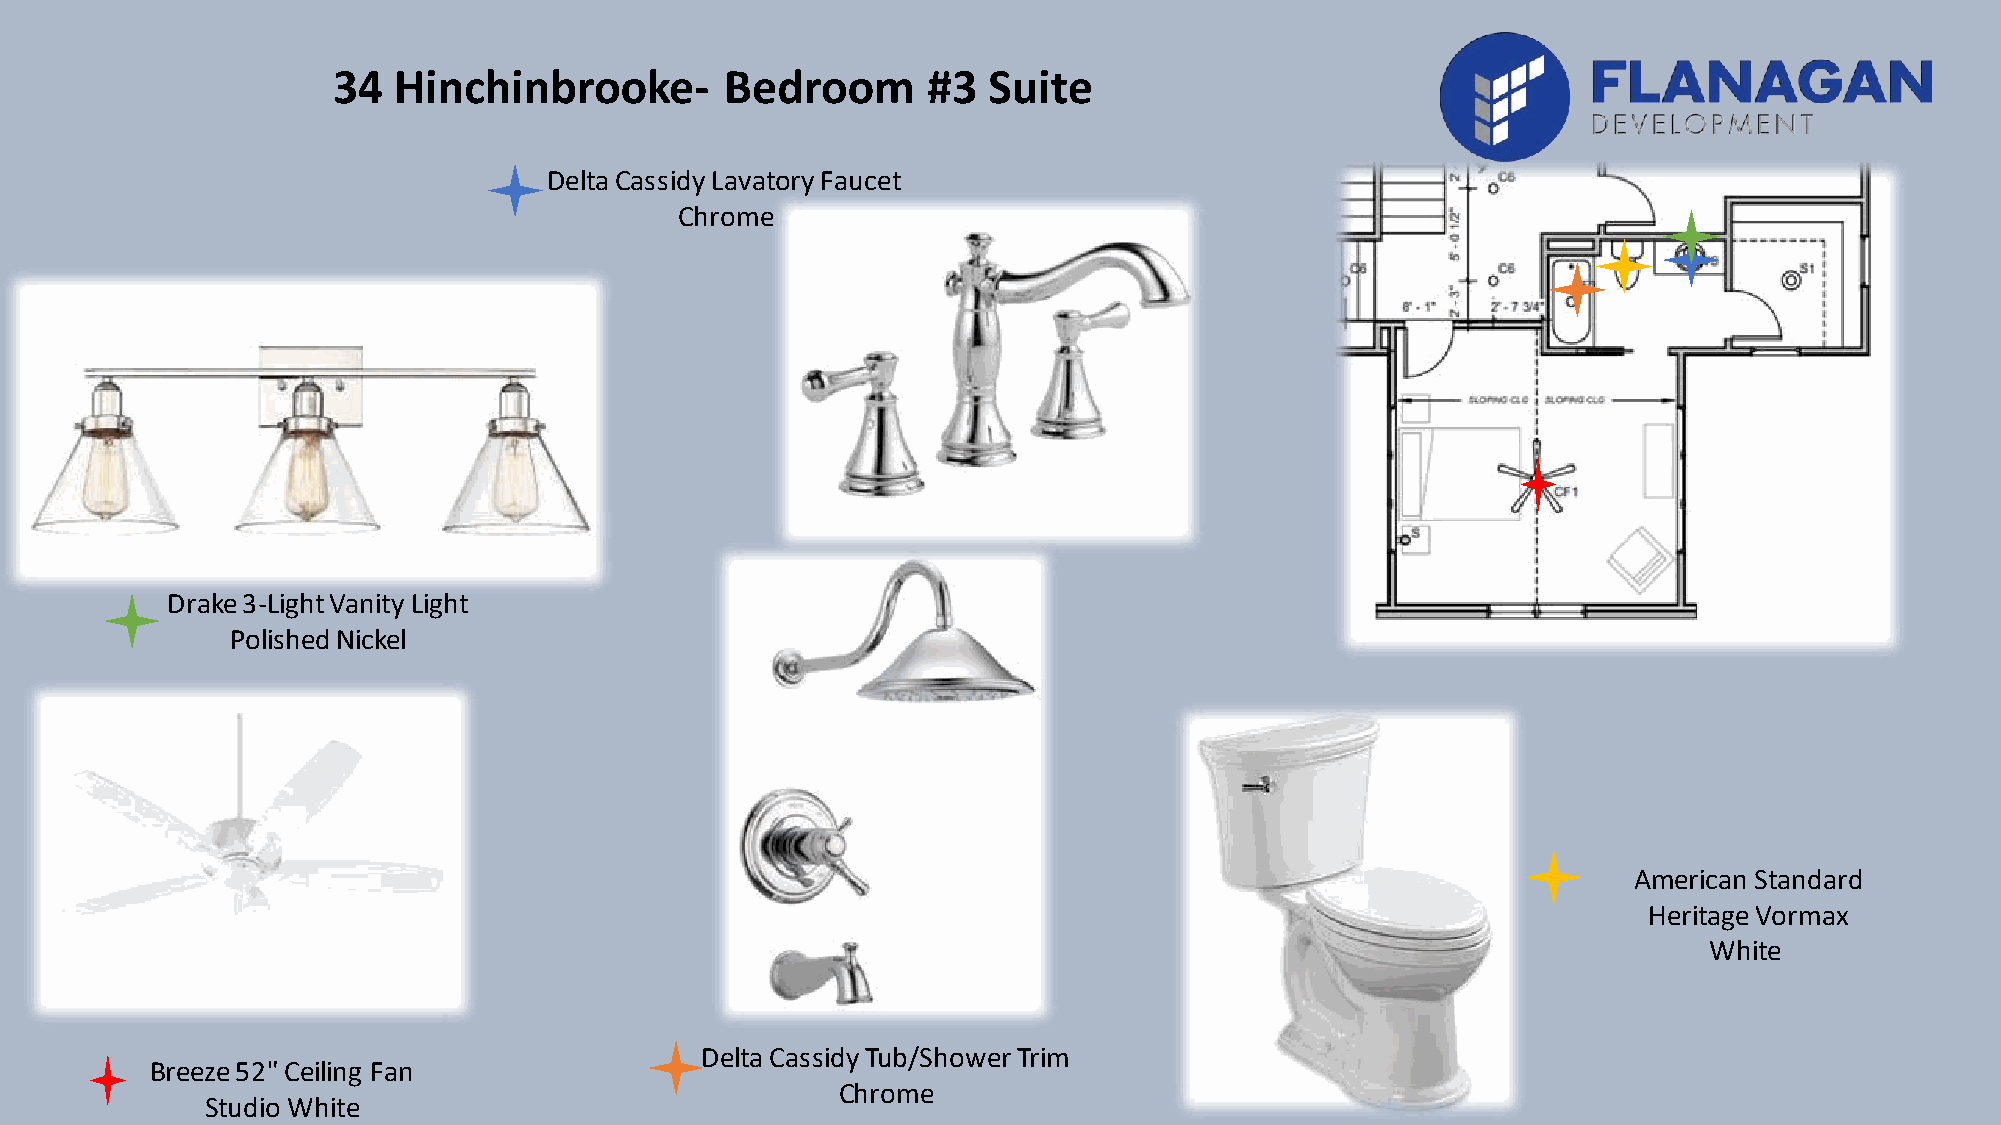
34  Hinchinbrooke-        Bedroom      #3  Suite
 Delta Cassidy Lavatory Faucet
 Chrome
 Drake 3-Light Vanity Light
 Polished Nickel
 American Standard
 Heritage Vormax
 White
 Delta Cassidy Tub/Shower Trim
 Breeze 52" Ceiling Fan
 Chrome
 Studio White